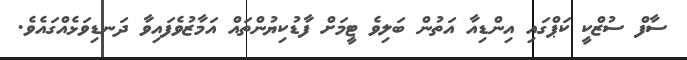
ސާފް ސުޒްކީ ކަޕްގައި އިންޑިއާ އަތުން ބަލިވެ ޓީމަށް ފާޑުކިޔުންތައް އަމާޒުވެފައިވާ ދަނޑިވަޅެއްގައެވެ.